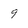
Character: 9